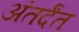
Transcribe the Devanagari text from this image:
अंतर्दंत